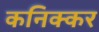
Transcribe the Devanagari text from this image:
कनिक्कर